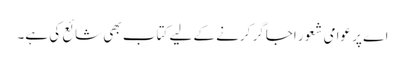
اے پر عوامی شعور اجاگر کرنے کے لیے کتاب بھی شائع کی ہے۔